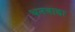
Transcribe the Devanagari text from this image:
धनवाडा